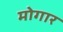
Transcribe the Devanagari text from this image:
मोगार